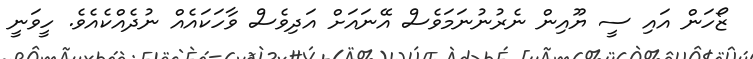
ޒޯހަން އައި ސީ ޔޫއިން ނެރުނުނަމަވެސް އޭނައަށް އަދިވެސް ވާހަކައެއް ނުދެއްކެއެވެ. ހީވަނީ